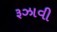
રૂઝાવી